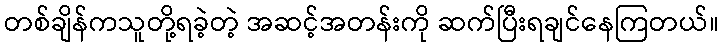
တစ်ချိန်ကသူတို့ရခဲ့တဲ့ အဆင့်အတန်းကို ဆက်ပြီးရချင်နေကြတယ်။